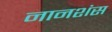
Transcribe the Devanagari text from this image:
नानशंस